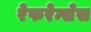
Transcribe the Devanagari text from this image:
रेफरेन्सेस